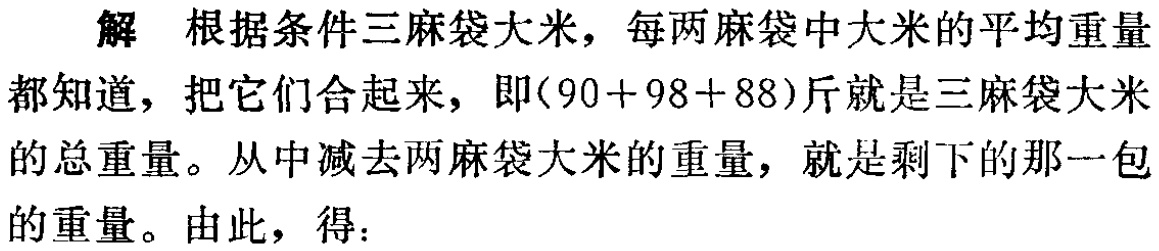
解 根据条件三麻袋大米，每两麻袋中大米的平均重量都知道，把它们合起来，即\((90 + 98 + 88)\)斤就是三麻袋大米的总重量。从中减去两麻袋大米的重量，就是剩下的那一包的重量。由此，得：